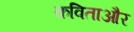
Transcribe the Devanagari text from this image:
कविताऔर